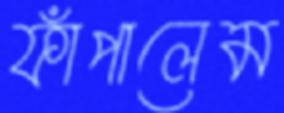
ফাঁপালেম